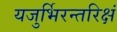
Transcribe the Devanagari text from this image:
यजुर्भिरन्तरिक्षं